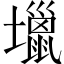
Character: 𡓍